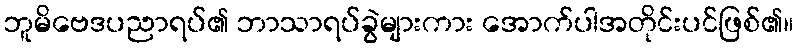
ဘူမိဗေဒပညာရပ်၏ ဘာသာရပ်ခွဲများကား အောက်ပါအတိုင်းပင်ဖြစ်၏။